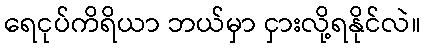
ရေငုပ်ကိရိယာ ဘယ်မှာ ငှားလို့ရနိုင်လဲ။